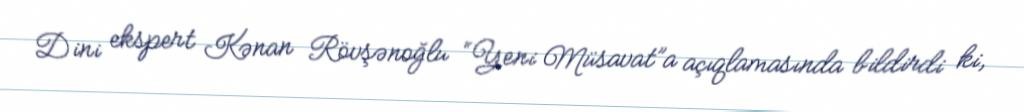
Dini ekspert Kənan Rövşənoğlu “Yeni Müsavat”a açıqlamasında bildirdi ki,